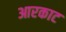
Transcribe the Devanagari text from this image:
आरकाट